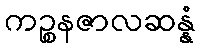
ကဉ္စနဇာလဆန္နံ